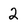
Character: 2